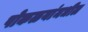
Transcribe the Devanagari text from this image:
पोकळयांमधील